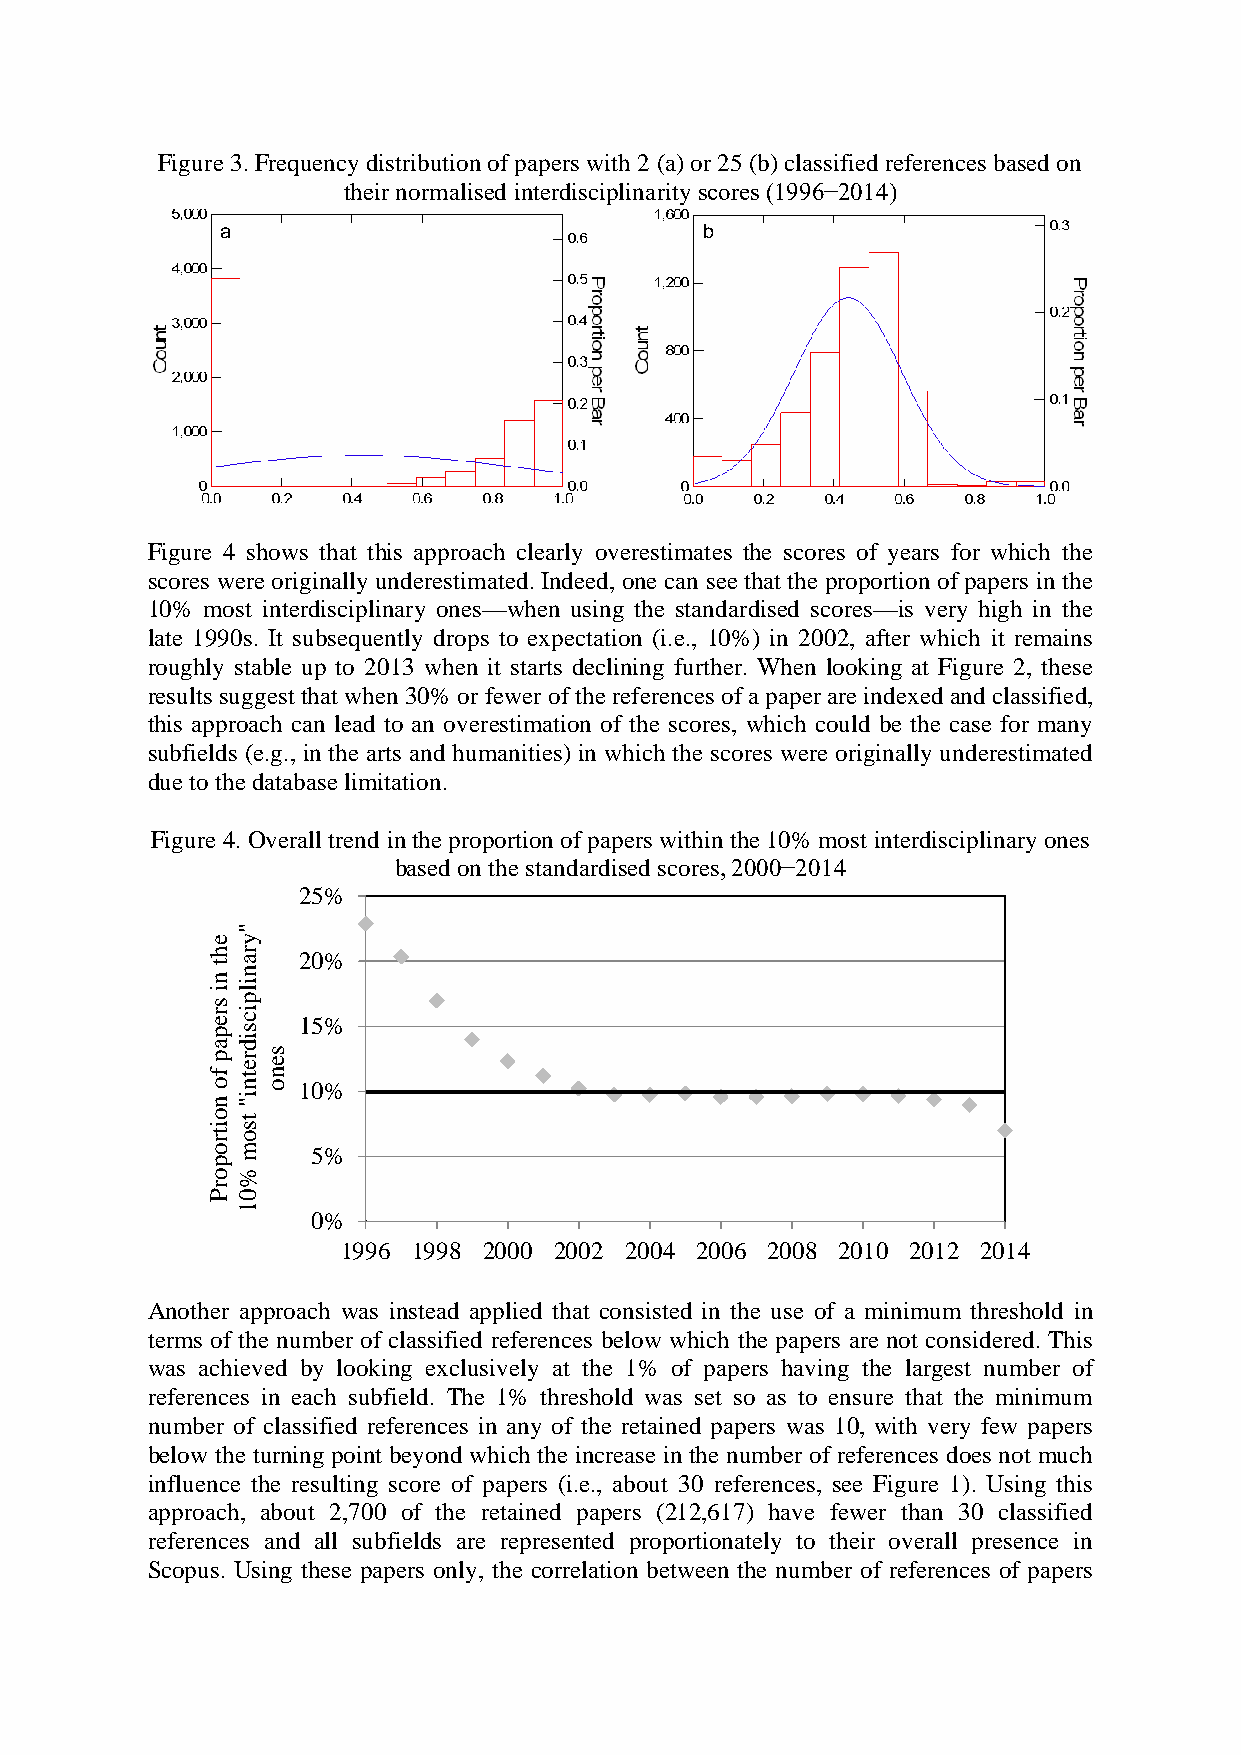
Figure 3. Frequency distribution of papers with 2 (a) or 25 (b) classified references based on
 their normalised interdisciplinarity scores (1996−2014)
 a                               b
 Figure 4 shows that this approach clearly overestimates the scores of years for which the
 scores were originally underestimated. Indeed, one can see that the proportion of papers in the
 10% most interdisciplinary ones—when using the standardised scores—is very high in the
 late 1990s. It subsequently drops to expectation (i.e., 10%) in 2002, after which it remains
 roughly stable up to 2013 when it starts declining further. When looking at Figure 2, these
 results suggest that when 30% or fewer of the references of a paper are indexed and classified,
 this approach can lead to an overestimation of the scores, which could be the case for many
 subfields (e.g., in the arts and humanities) in which the scores were originally underestimated
 due to the database limitation.
 Figure 4. Overall trend in the proportion of papers within the 10% most interdisciplinary ones
 based on the standardised scores, 2000−2014
 25%
 e
 "
 y
 h tr a 20%
 nn
 i
 il
 sp
 r ei c 15%
 ps
 i
 ad
 p fr e ts e
 n
 ono   10%
 ni
 "
 o t
 is
 t ro
 om     5%
 p
 o %
 r
 P0
 1
 0%
 1996 1998 2000 2002 2004 2006 2008 2010 2012 2014
 Another approach was instead applied that consisted in the use of a minimum threshold in
 terms of the number of classified references below which the papers are not considered. This
 was achieved by looking exclusively at the 1% of papers having the largest number of
 references in each subfield. The 1% threshold was set so as to ensure that the minimum
 number of classified references in any of the retained papers was 10, with very few papers
 below the turning point beyond which the increase in the number of references does not much
 influence the resulting score of papers (i.e., about 30 references, see Figure 1). Using this
 approach, about 2,700 of the retained papers (212,617) have fewer than 30 classified
 references and all subfields are represented proportionately to their overall presence in
 Scopus. Using these papers only, the correlation between the number of references of papers